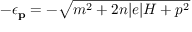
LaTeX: - \epsilon _ { { \bf { p } } } = - \sqrt { m ^ { 2 } + 2 n | e | H + p ^ { 2 } }